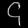
Digit: ၄